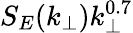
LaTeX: S_{E}(k_{\perp})k_{\perp}^{0.7}